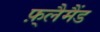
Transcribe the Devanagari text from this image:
फ़्लैमैंड